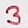
Text: 3